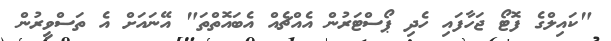
"ކައިލްގެ ފޮޓޯ ޖަހާފައި ހެދި ޕޯސްޓަރުން އެއްޗެއް އެބައޮތްތަ" އޭނައަށް އެ ތަސްވީރުން